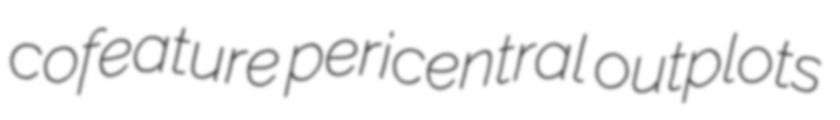
cofeature pericentral outplots